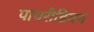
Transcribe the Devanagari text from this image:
पायरीडियम